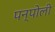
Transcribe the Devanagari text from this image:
पन्पोली